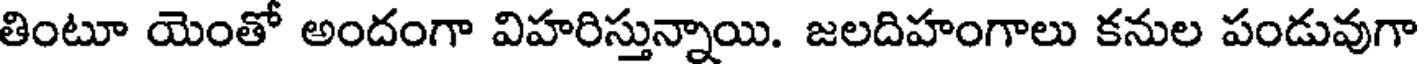
తింటూ యెంతో అందంగా విహరిస్తున్నాయి. జలదిహంగాలు కనుల పండువుగా